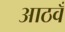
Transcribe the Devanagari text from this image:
आठवँ